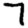
Digit: 7